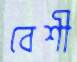
বেশী